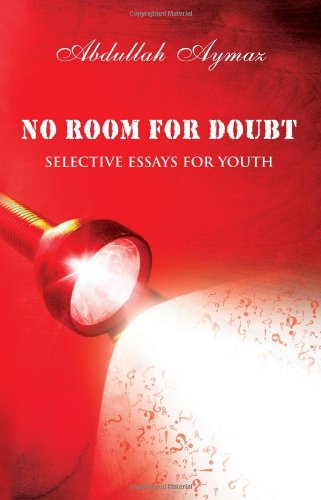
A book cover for No Room for Doubt: Selective Essays for Youth; Abdullah Aymaz; Teen & Young Adult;